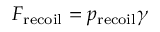
F _ { \mathrm { r e c o i l } } = p _ { \mathrm { r e c o i l } } \gamma